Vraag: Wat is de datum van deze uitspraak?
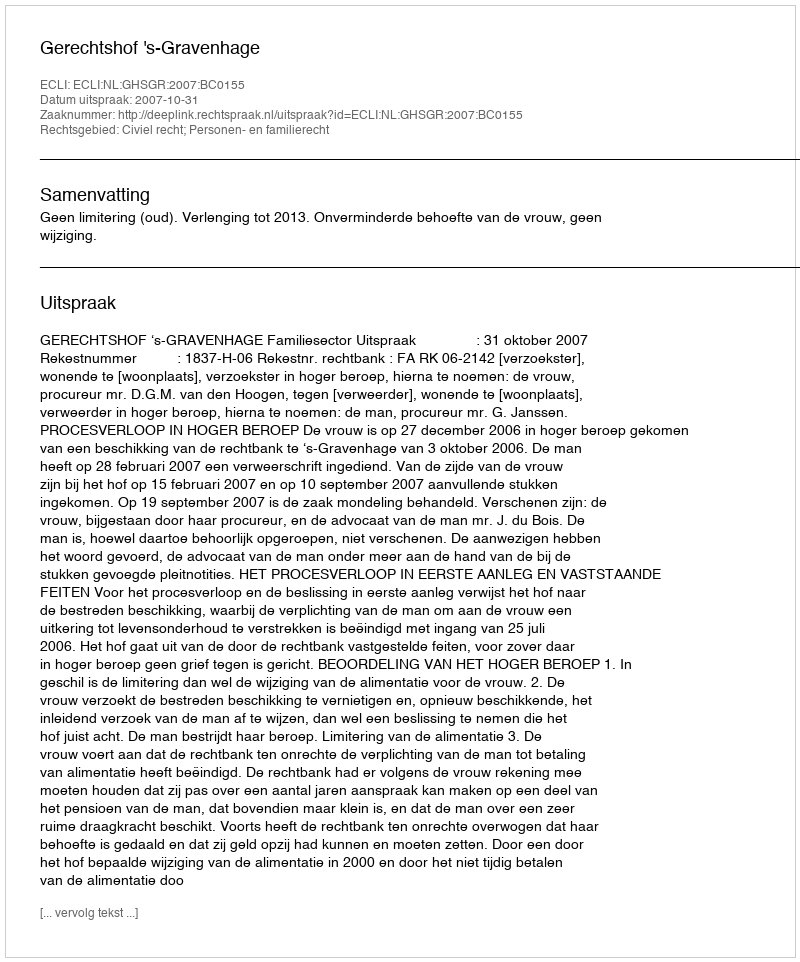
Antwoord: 2007-10-31